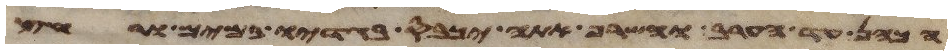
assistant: הכהן עד הערב והשרף אתה יכבס בגדיו במים ורחץ